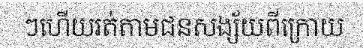
ៗហើយរត់តាមជនសង្ស័យពីក្រោយ